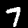
Label: 7